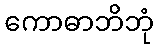
ကောဓာဘိဘုံ